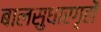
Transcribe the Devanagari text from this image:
बालसुधारगृहों